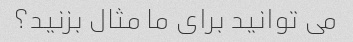
می توانید برای ما مثال بزنید؟